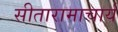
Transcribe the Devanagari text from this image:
सीतारामाचार्य